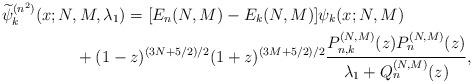
LaTeX: \begin{gather*} \widetilde{\psi }_{k}^{( n^{2}) }(x;N,M,\lambda _{1}) =[ E_{n}(N,M) -E_{k}(N,M) ] \psi _{k}( x;N,M) \\\hphantom{\widetilde{\psi }_{k}^{( n^{2}) }(x;N,M,\lambda _{1}) =}{}+(1-z) ^{( 3N+5/2) /2}(1+z) ^{( 3M+5/2) /2}\frac{P_{n,k}^{(N,M) }(z) P_{n}^{(N,M) }(z) }{\lambda _{1}+Q_{n}^{( N,M) }(z) },\end{gather*}